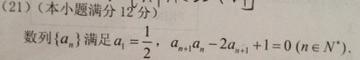
(21)（本小题满分12分）
数列\(\{a_{n}\}\)满足\(a_{1}=\dfrac{1}{2}\)，\(a_{n + 1}a_{n}-2a_{n + 1}+1 = 0(n\in N^{*})\).